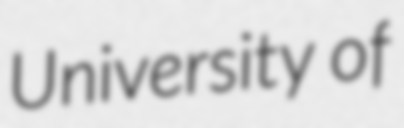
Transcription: University of